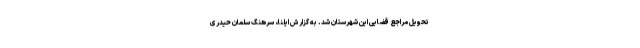
تحویل مراجع قضایی این شهرستان شد. به گزارش ایلنا، سرهنگ سلمان حیدری